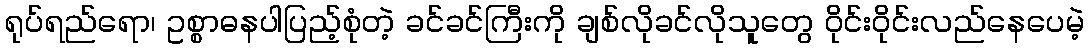
ရုပ်ရည်ရော၊ ဥစ္စာဓနပါပြည့်စုံတဲ့ ခင်ခင်ကြီးကို ချစ်လိုခင်လိုသူတွေ ဝိုင်းဝိုင်းလည်နေပေမဲ့